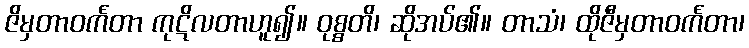
ဇိမှတာဝင်္ကတာ ကုဋိလတာဟူ၍။ ဝုစ္စတိ၊ ဆိုအပ်၏။ တာသံ၊ ထိုဇီမှတာဝင်္ကတာ၊